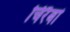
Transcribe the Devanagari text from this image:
चिरैबां